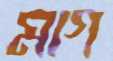
মাগ